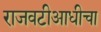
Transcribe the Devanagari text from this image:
राजवटीआधीचा